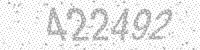
Solution: 422492